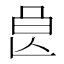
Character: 𣌩